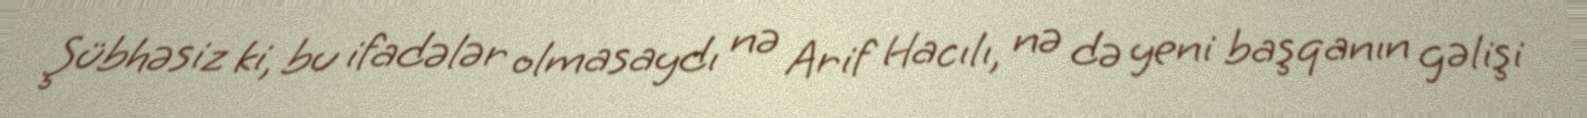
Şübhəsiz ki, bu ifadələr olmasaydı nə Arif Hacılı, nə də yeni başqanın gəlişi